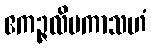
ဧကဉ္ဇလိမကာသဟံ